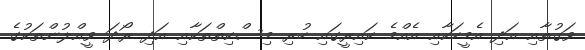
ވަގުތާއި އަދި އެމީހަކާއި އެއްމެ ކައިރީގައި ހުރި މިސްކިތްތަކާއި އަދި ރޯދަ ވީއްލުންތަކުގެ